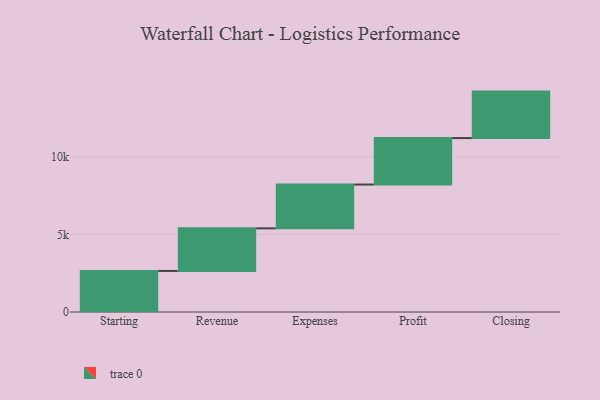
{"axis": {"x": "Step", "y": "Value"}, "legend": [""], "data": [{"x": "Starting", "y": 2650.0, "type": ""}, {"x": "Revenue", "y": 2750.0, "type": ""}, {"x": "Expenses", "y": 2828.0, "type": ""}, {"x": "Profit", "y": 3000, "type": ""}, {"x": "Closing", "y": 3000, "type": ""}]}